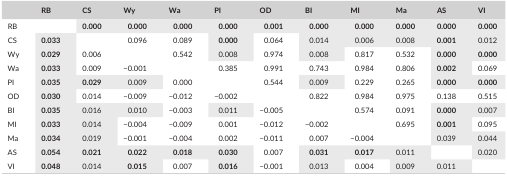
<table><thead><tr><td></td><td><b>RB</b></td><td><b>CS</b></td><td><b>Wy</b></td><td><b>Wa</b></td><td><b>PI</b></td><td><b>OD</b></td><td><b>BI</b></td><td><b>MI</b></td><td><b>Ma</b></td><td><b>AS</b></td><td><b>VI</b></td></tr></thead><tbody><tr><td>RB</td><td></td><td><b>0.000</b></td><td><b>0.000</b></td><td><b>0.000</b></td><td><b>0.000</b></td><td><b>0.001</b></td><td><b>0.000</b></td><td><b>0.000</b></td><td><b>0.000</b></td><td><b>0.000</b></td><td><b>0.000</b></td></tr><tr><td>CS</td><td><b>0.033</b></td><td></td><td>0.096</td><td>0.089</td><td><b>0.000</b></td><td>0.064</td><td>0.014</td><td>0.006</td><td>0.008</td><td><b>0.001</b></td><td>0.012</td></tr><tr><td>Wy</td><td><b>0.029</b></td><td>0.006</td><td></td><td>0.542</td><td>0.008</td><td>0.974</td><td>0.008</td><td>0.817</td><td>0.532</td><td><b>0.000</b></td><td><b>0.000</b></td></tr><tr><td>Wa</td><td><b>0.033</b></td><td>0.009</td><td>−0.001</td><td></td><td>0.385</td><td>0.991</td><td>0.743</td><td>0.984</td><td>0.806</td><td><b>0.002</b></td><td>0.069</td></tr><tr><td>PI</td><td><b>0.035</b></td><td><b>0.029</b></td><td>0.009</td><td>0.000</td><td></td><td>0.544</td><td>0.009</td><td>0.229</td><td>0.265</td><td><b>0.000</b></td><td><b>0.000</b></td></tr><tr><td>OD</td><td><b>0.030</b></td><td>0.014</td><td>−0.009</td><td>−0.012</td><td>−0.002</td><td></td><td>0.822</td><td>0.984</td><td>0.975</td><td>0.138</td><td>0.515</td></tr><tr><td>BI</td><td><b>0.035</b></td><td>0.016</td><td>0.010</td><td>−0.003</td><td>0.011</td><td>−0.005</td><td></td><td>0.574</td><td>0.091</td><td><b>0.000</b></td><td>0.007</td></tr><tr><td>MI</td><td><b>0.033</b></td><td>0.014</td><td>−0.004</td><td>−0.009</td><td>0.001</td><td>−0.012</td><td>−0.002</td><td></td><td>0.695</td><td><b>0.001</b></td><td>0.095</td></tr><tr><td>Ma</td><td><b>0.034</b></td><td>0.019</td><td>−0.001</td><td>−0.004</td><td>0.002</td><td>−0.011</td><td>0.007</td><td>−0.004</td><td></td><td>0.039</td><td>0.044</td></tr><tr><td>AS</td><td><b>0.054</b></td><td><b>0.021</b></td><td><b>0.022</b></td><td><b>0.018</b></td><td><b>0.030</b></td><td>0.007</td><td><b>0.031</b></td><td><b>0.017</b></td><td>0.011</td><td></td><td>0.020</td></tr><tr><td>VI</td><td><b>0.048</b></td><td>0.014</td><td><b>0.015</b></td><td>0.007</td><td><b>0.016</b></td><td>−0.001</td><td>0.013</td><td>0.004</td><td>0.009</td><td>0.011</td><td> </td></tr></tbody></table>